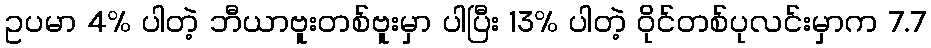
ဥပမာ 4% ပါတဲ့ ဘီယာဗူးတစ်ဗူးမှာ ပါပြီး 13% ပါတဲ့ ဝိုင်တစ်ပုလင်းမှာက 7.7